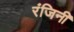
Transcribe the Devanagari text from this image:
रंजिनी